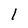
Character: l